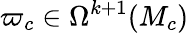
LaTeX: \varpi_{c}\in\Omega^{k+1}(M_{c})